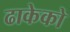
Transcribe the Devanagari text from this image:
ढाकेको